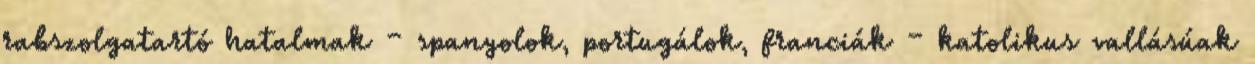
rabszolgatartó hatalmak – spanyolok, portugálok, franciák – katolikus vallásúak